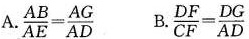
A.$$\frac { A B } { A E } = \frac { A G } { A D }$$ B.$$ \frac { D F } { C F } = \frac { D G } { A D }$$